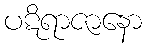
ပဋိရာဇာနော